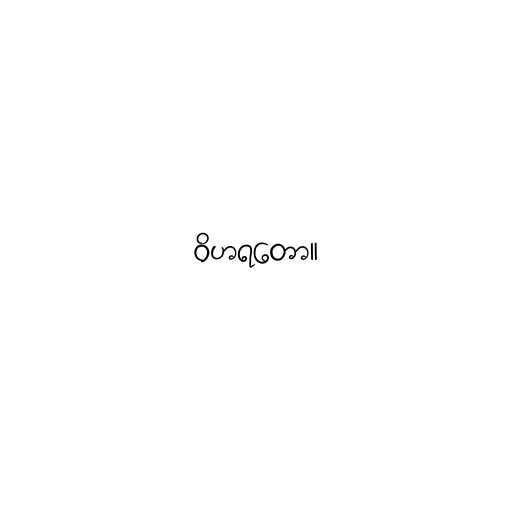
ဝိဟရတော။